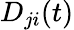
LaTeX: D_{ji}(t)